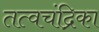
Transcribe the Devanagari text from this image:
तत्वचंद्रिका